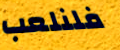
فلنلعب